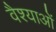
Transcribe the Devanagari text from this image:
वैश्याओं